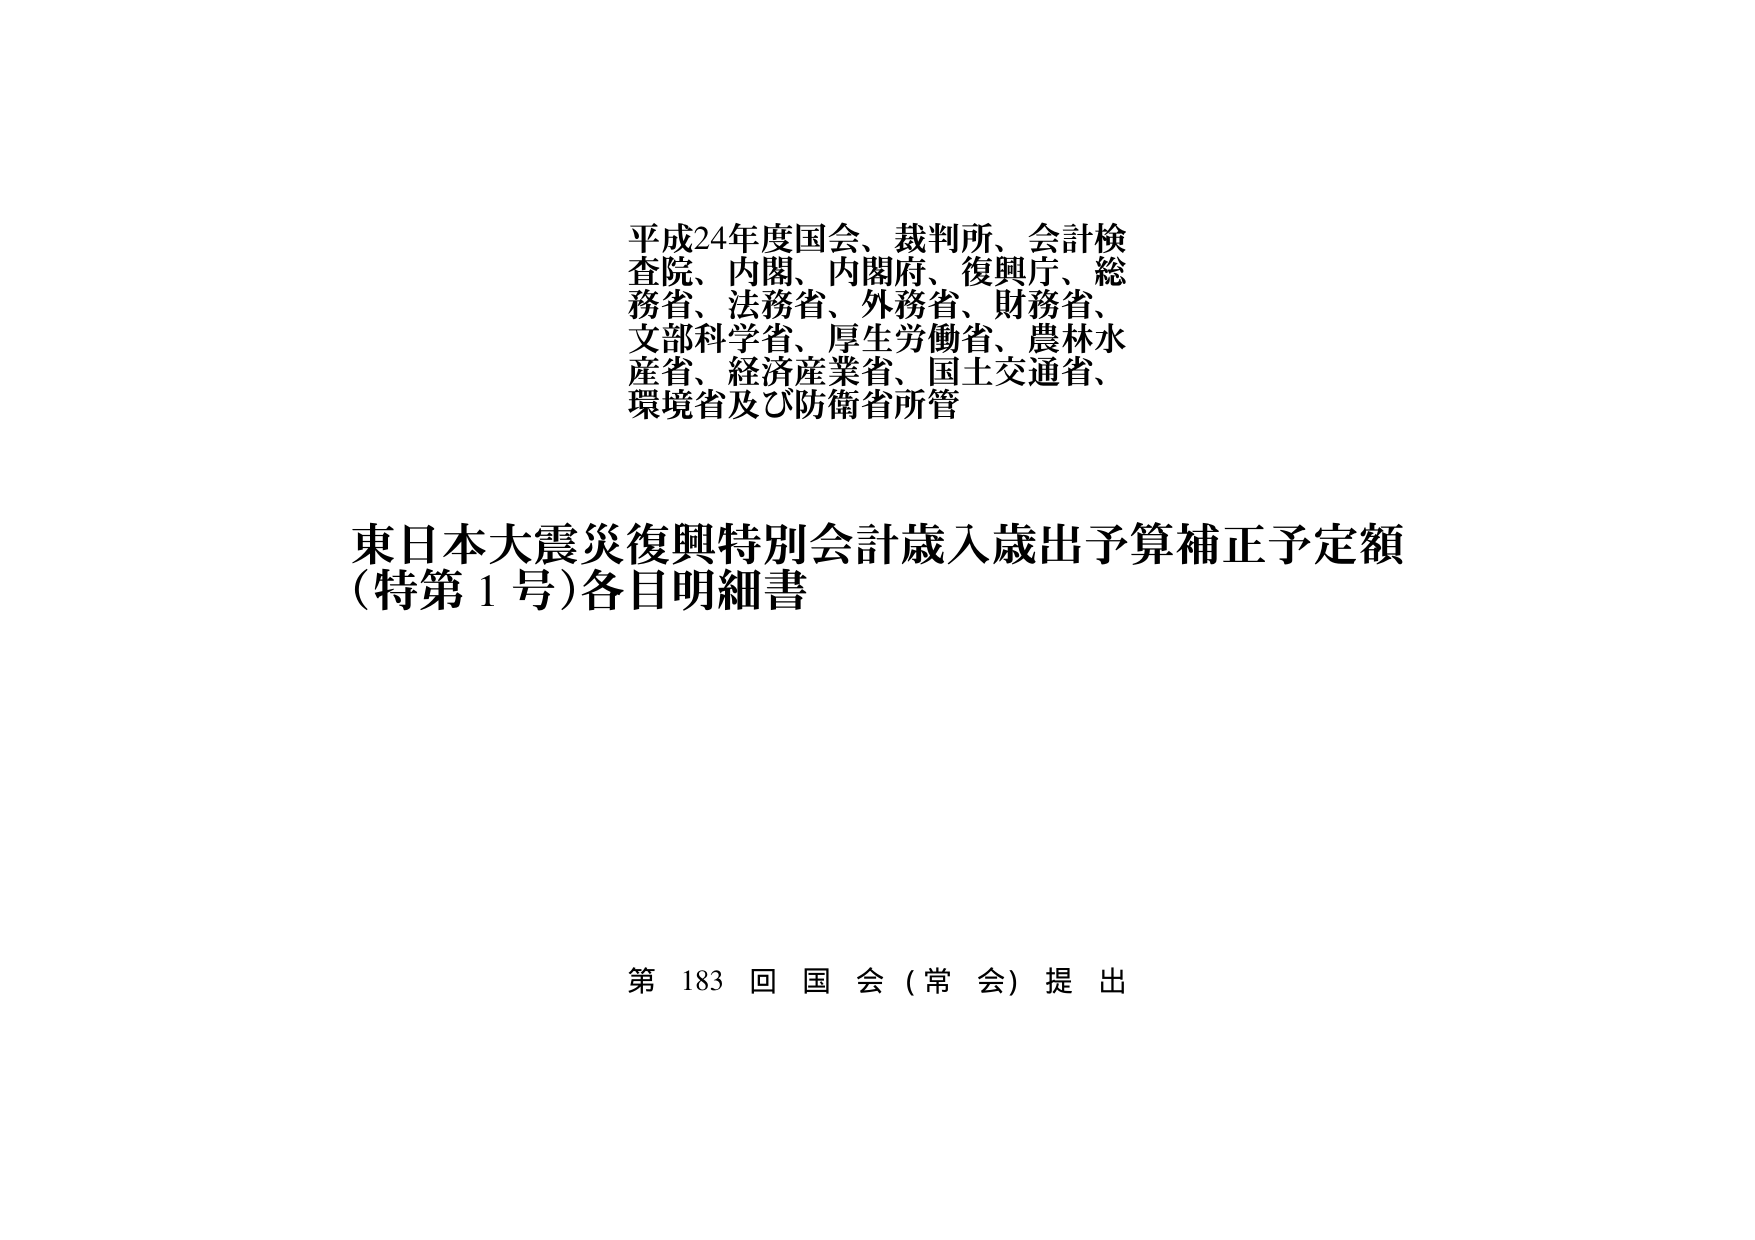
平成24年度国会、裁判所、会計検査院、内閣、内閣府、復興庁、総務省、法務省、外務省、財務省、文部科学省、厚生労働省、農林水産省、経済産業省、国土交通省、環境省及び防衛省所管

東日本大震災復興特別会計歳入歳出予算補正予定額（特第1号）各目明細書

第183回国会（常会）提出